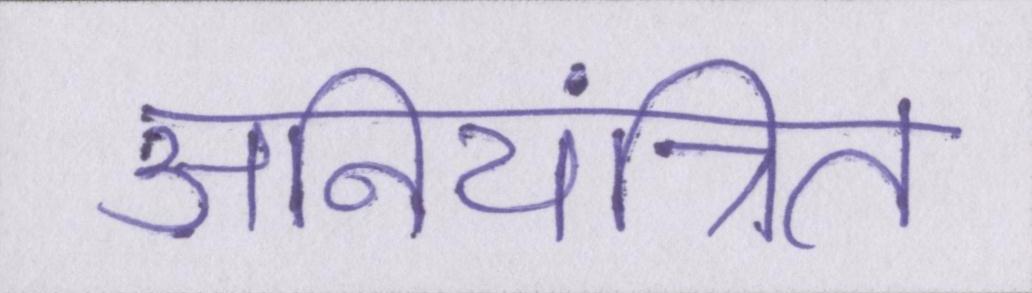
अनियंत्रित